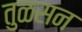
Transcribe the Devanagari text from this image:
तुळसन